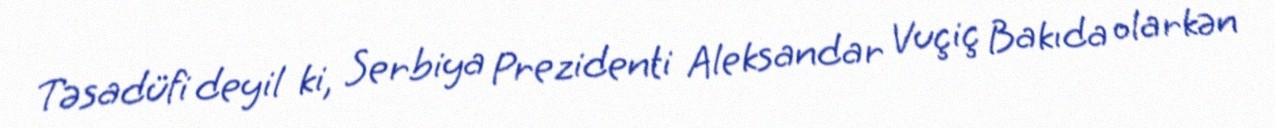
Təsadüfi deyil ki, Serbiya Prezidenti Aleksandar Vuçiç Bakıda olarkən